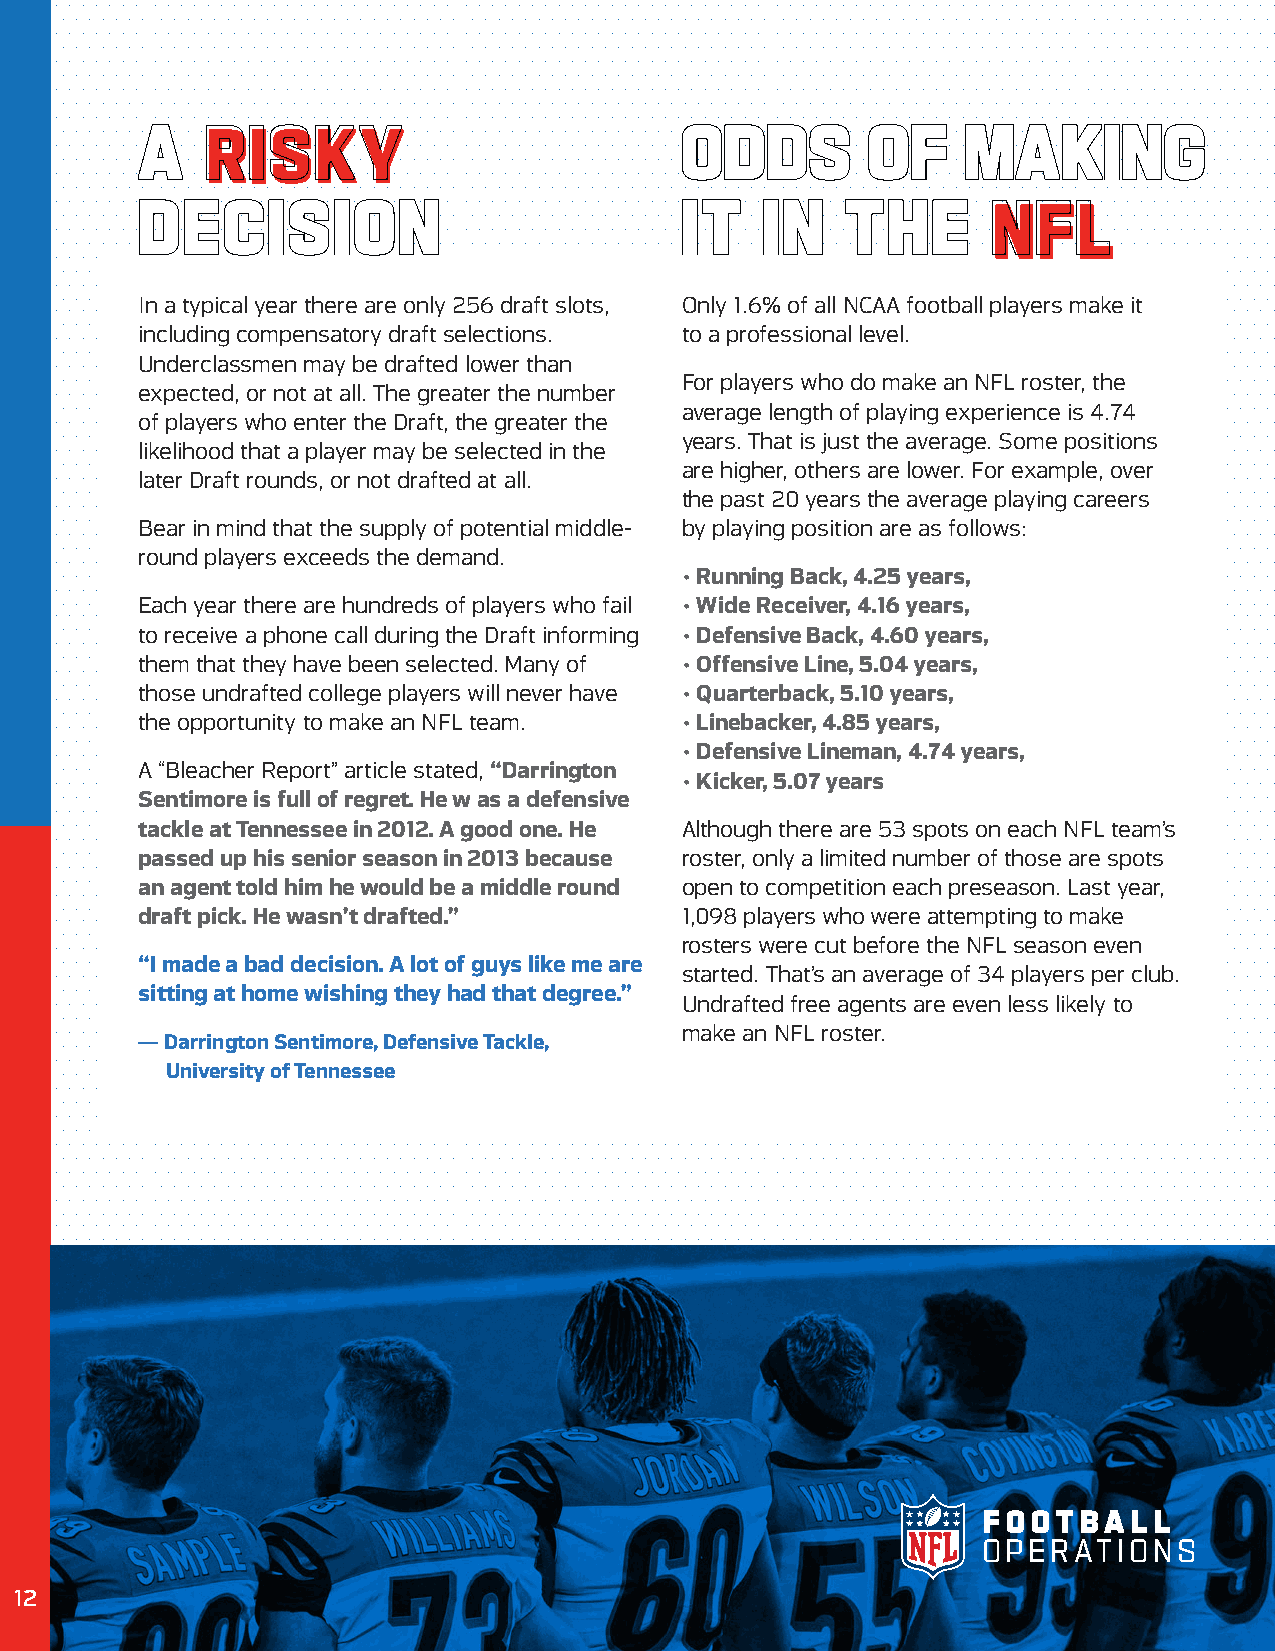
AA   RRIISSKKYY                     OODDDDSS    OOFF   MMAAKKIINNGG
 DDEECCIISSIIOONN                    IITT IINN  TTHHEE    NNFFLL
 In a typical year there are only 256 draft slots, Only 1.6% of all NCAA football players make it
 including compensatory draft selections. to a professional level.
 Underclassmen may be drafted lower than
 For players who do make an NFL roster, the
 expected, or not at all. The greater the number
 average length of playing experience is 4.74
 of players who enter the Draft, the greater the
 years. That is just the average. Some positions
 likelihood that a player may be selected in the
 are higher, others are lower. For example, over
 later Draft rounds, or not drafted at all.
 the past 20 years the average playing careers
 Bear in mind that the supply of potential middle- by playing position are as follows:
 round players exceeds the demand.
 • Running Back, 4.25 years,
 Each year there are hundreds of players who fail • Wide Receiver, 4.16 years,
 to receive a phone call during the Draft informing • Defensive Back, 4.60 years,
 them that they have been selected. Many of • Offensive Line, 5.04 years,
 those undrafted college players will never have • Quarterback, 5.10 years,
 the opportunity to make an NFL team. • Linebacker, 4.85 years,
 • Defensive Lineman, 4.74 years,
 A “Bleacher Report” article stated, “Darrington
 • Kicker, 5.07 years
 Sentimore is full of regret. He w as a defensive
 tackle at Tennessee in 2012. A good one. He Although there are 53 spots on each NFL team’s
 passed up his senior season in 2013 because roster, only a limited number of those are spots
 an agent told him he would be a middle round open to competition each preseason. Last year,
 draft pick. He wasn’t drafted.”     1,098 players who were attempting to make
 rosters were cut before the NFL season even
 “I made a bad decision. A lot of guys like me are
 started. That’s an average of 34 players per club.
 sitting at home wishing they had that degree.”
 Undrafted free agents are even less likely to
 make an NFL roster.
 — Darrington Sentimore, Defensive Tackle,
 University of Tennessee
 F O O TBA L L
 O P E R AT I O N S
 1122